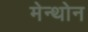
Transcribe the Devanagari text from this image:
मेन्थोन